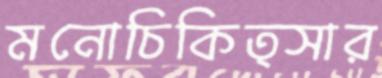
মনোচিকিত্সার